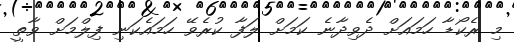
މި ރެކޯޑާ ހަމައަށް ދެވިދާނެ ކަމަށް ލަފާ ކުރެވޭ ހަމައެކަނި ފިލްމަށް ވާތީ